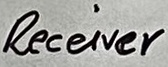
Text: Receiver